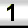
Digit: 1